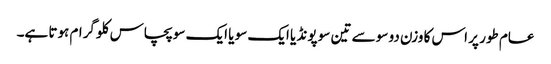
عام طور پر اس کا وزن دو سو سے تین سو پونڈ یا ایک سو یا ایک سو پچاس کلو گرام ہوتا ہے۔